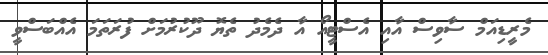
މެރީޑިއަމް ސާވިސް އާއި އެސްޓީއޯ އާ ދެމެދު ތެޔޮ ދޫކުރުމަށް ފުރަތަމަ އެއްބަސްވީ